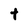
Character: t